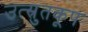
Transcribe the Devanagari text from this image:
उत्स्रुतकूप